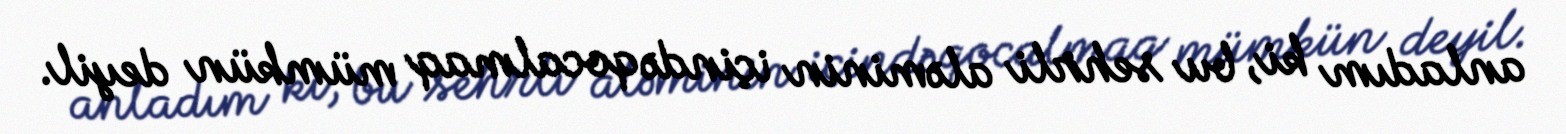
anladım ki, bu sehrli aləminin içində qocalmaq mümkün deyil.